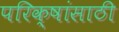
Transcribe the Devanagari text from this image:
परिक्षांसाठी